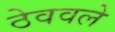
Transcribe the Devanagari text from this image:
ठेववले